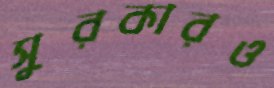
সুরকারও